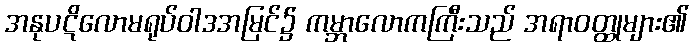
အနုပဋိလောမရုပ်ဝါဒအမြင်၌ ကမ္ဘာလောကကြီးသည် အရာဝတ္ထုများ၏